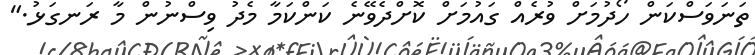
ތަނަވަސްކަން ހޯދުމަށް ވުރެއް ގައުމަށް ކޮށްދެވޭނެ ކަންކަމާ މެދު ވިސްނުން މާ ރަނގަޅު."